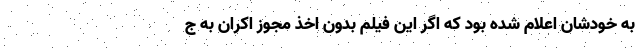
به خود‌شان اعلام شده بود که اگر این فیلم بدون اخذ مجوز اکران به ج